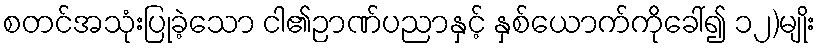
စတင်အသုံးပြုခဲ့သော ငါ၏ဉာဏ်ပညာနှင့် နှစ်ယောက်ကိုခေါ်၍ ၁၂)မျိုး